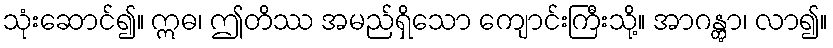
သုံးဆောင်၍။ ဣဓ၊ ဤတိဿ အမည်ရှိသော ကျောင်းကြီးသို့။ အာဂန္တွာ၊ လာ၍။